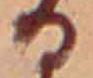
る